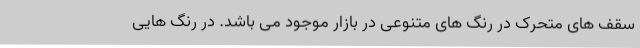
سقف های متحرک در رنگ های متنوعی در بازار موجود می باشد. در رنگ هایی